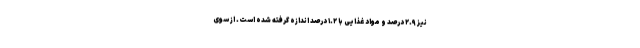
نیز ۲.۹ درصد و مواد غذایی با ۱.۲ درصد اندازه گرفته شده است. از سوی